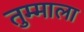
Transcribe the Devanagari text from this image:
तुम्माला